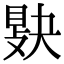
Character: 𢾔